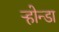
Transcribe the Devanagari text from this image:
ऱ्होन्डा